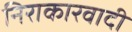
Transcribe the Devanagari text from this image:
निराकारवादी